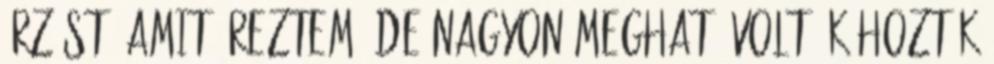
érzést, amit éreztem, de nagyon megható volt Ők hozták